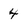
Character: 4